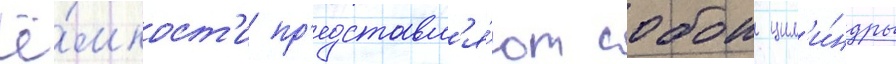
ё́мкост'и пр'едставл'я́ют собои цил'и́ндры